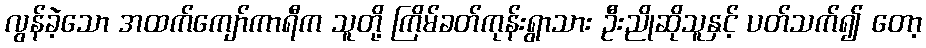
လွန်ခဲ့သော အထက်ကျော်ကာရီက သူတို့ ကြိမ်ခတ်ကုန်းရွာသား ဦးညိုဆိုသူနှင့် ပတ်သက်၍ တော့